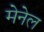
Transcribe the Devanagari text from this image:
मेनेल